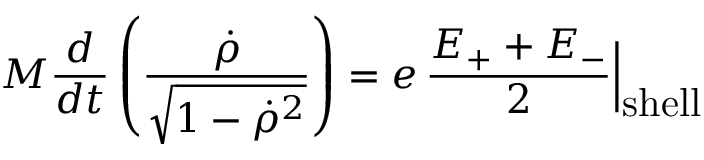
M \frac { d } { d t } \left( \frac { { \dot { \rho } } } { \sqrt { 1 - { \dot { \rho } } ^ { 2 } } } \right) = e \, \frac { E _ { + } + E _ { - } } { 2 } \Bigl | _ { \textstyle \mathrm { s h e l l } }